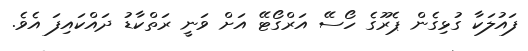
ފައުލަކާ ގުޅިގެން ޕެރޫގެ ހޯސޭ އަރްގޯޓޭ އަށް ވަނީ ރަތްކާޑު ދައްކައިފަ އެވެ.